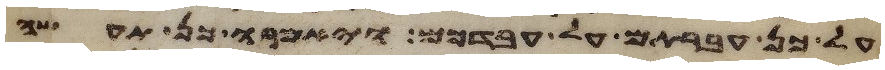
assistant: על כן עברתם על עבדכם ויאמרו כן תעשה